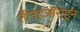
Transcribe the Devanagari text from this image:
तीनहजारांहून